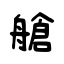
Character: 艙